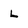
Character: L